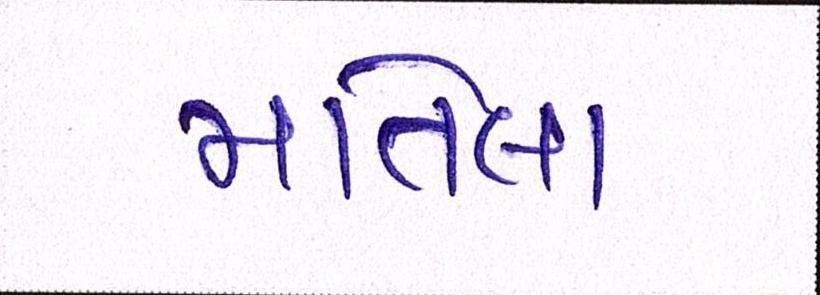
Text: માતેલા